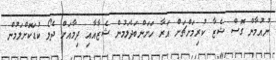
ނުއުމާން ގޮސް ޝެޒާ ކުރިމަށްޗަށް އަރާ ހަށަންބަދެލަމުން ޝެޒާއާއި ދިމާއަށް ދެލޯ ކުޑަކޮށްލަމުން